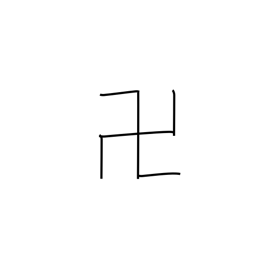
Meaning: gammadion